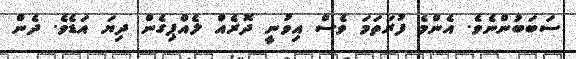
ސަބަބުންނެވެ. އެންމެ ފުރަތަމަ ވެސް އިވުނީ ދޮރެއް ލެއްޕިގެން ދިޔަ އަޑެވެ. ދެން